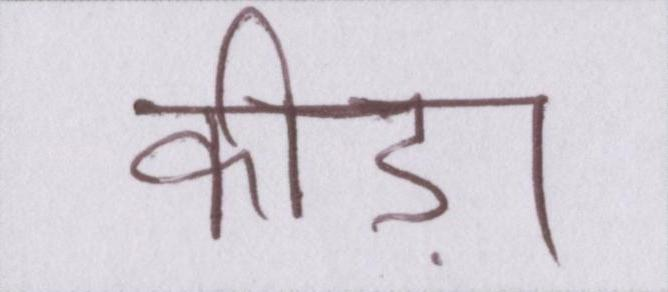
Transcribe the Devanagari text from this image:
कीड़ा